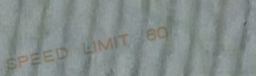
SPEED LIMIT 60